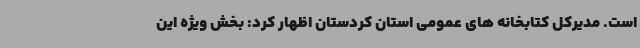
است. مدیرکل کتابخانه های عمومی استان کردستان اظهار کرد: بخش ویژه این